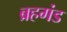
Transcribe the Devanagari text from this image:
ब्रहगंड